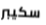
سكيبر